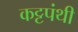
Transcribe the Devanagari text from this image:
कट्टपंथी